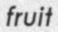
fruit